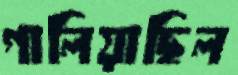
গালিয়াছিল